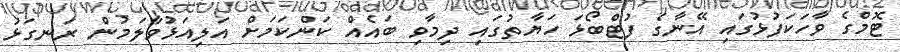
ޓޮމްގެ ވާހަކަފުޅުގައި އޭނާގެ ފުޓްބޯޅަ ހަޔާތުގައި ދިމާވި ބައެއް ކަންކަމަށް އަލިއަޅުވާލަމުން ރަނގަޅު